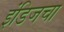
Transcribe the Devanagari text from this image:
इंडिजचा